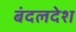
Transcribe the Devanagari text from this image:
बंदलदेश